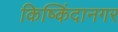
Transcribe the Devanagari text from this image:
किष्किंदानगर